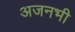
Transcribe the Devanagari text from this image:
अजनभी